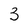
Character: 3